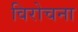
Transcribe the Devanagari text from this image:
विरोचना